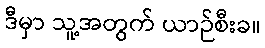
ဒီမှာ သူ့အတွက် ယာဉ်စီးခ။